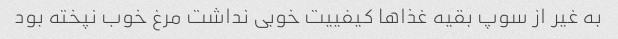
به غیر از سوپ بقیه غذاها کیفییت خوبی نداشت مرغ خوب نپخته بود